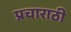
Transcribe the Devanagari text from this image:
प्रचाराठी